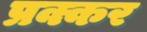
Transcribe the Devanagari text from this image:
प्रक्कर